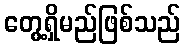
တွေ့ရှိမည်ဖြစ်သည်